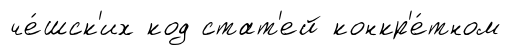
че́шск'их код стат'ей конкр'е́тном